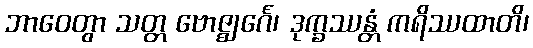
ဘာဝေတွာ သတ္တ ဗောဇ္ဈင်္ဂေ၊ ဒုက္ခဿန္တံ ကရိဿထာတိ၊